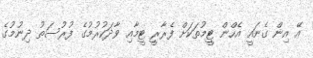
އޭ އިން ގެނައީ އެހްން ޓީމުތަކަށް ފެރާރީ ޓީމާއި ވާދަކުރުމުގެ ފުރުސަތު ދިނުމުގެ